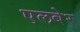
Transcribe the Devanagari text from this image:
एलबेर